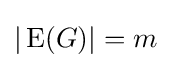
|\operatorname {E} (G)|=m